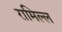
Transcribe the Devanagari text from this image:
रामिल्ल